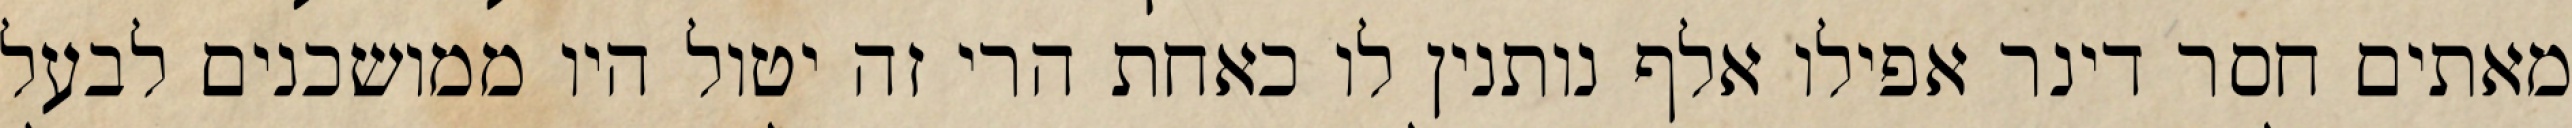
מאתים חסר דינר אפילו אלף נותנין לו כאחת הרי זה יטול היו ממושכנים לבעל